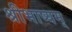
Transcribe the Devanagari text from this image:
श्रीभाष्यम्